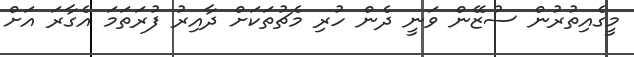
މީގެއިތުރުން ސުޒޭން ވަނީ ދެން ހުރި މެޗުތަކަށް ދާއިރު ފުރަތަމަ އެގާރަ އަށް